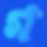
গ